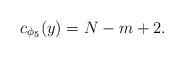
LaTeX: \begin{align*}c_{\phi _5}(y)= N-m+2.\end{align*}